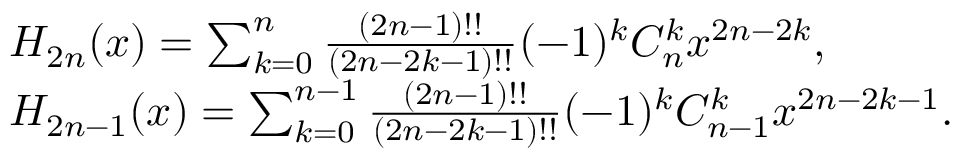
\begin{array} { r l } & { H _ { 2 n } ( x ) = \sum _ { k = 0 } ^ { n } \frac { ( 2 n - 1 ) ! ! } { ( 2 n - 2 k - 1 ) ! ! } ( - 1 ) ^ { k } C _ { n } ^ { k } x ^ { 2 n - 2 k } , } \\ & { H _ { 2 n - 1 } ( x ) = \sum _ { k = 0 } ^ { n - 1 } \frac { ( 2 n - 1 ) ! ! } { ( 2 n - 2 k - 1 ) ! ! } ( - 1 ) ^ { k } C _ { n - 1 } ^ { k } x ^ { 2 n - 2 k - 1 } . } \end{array}